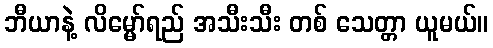
ဘီယာနဲ့ လိမ္မော်ရည် အသီးသီး တစ် သေတ္တာ ယူမယ်။